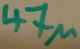
Text: 47µ